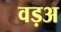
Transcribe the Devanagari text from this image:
वड़अ